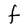
Character: F